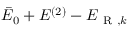
\bar { E } _ { 0 } + E ^ { ( 2 ) } - E _ { \mathrm { ~ R ~ } , k }